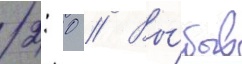
2: 0 // Вы́быв